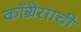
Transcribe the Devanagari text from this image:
काँग्रेसाची